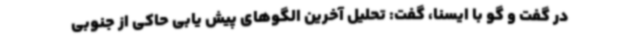
در گفت و گو با ایسنا، گفت: تحلیل آخرین الگوهای پیش یابی حاکی از جنوبی